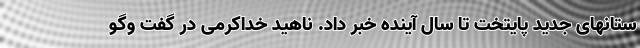
ستانهای جدید پایتخت تا سال آینده خبر داد. ناهید خداکرمی در گفت وگو